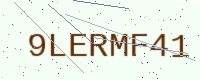
Text: 9LERMF41